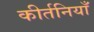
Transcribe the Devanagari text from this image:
कीर्तनियाँ